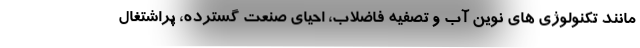
مانند تکنولوژی های نوین آب و تصفیه فاضلاب، احیای صنعت گسترده، پراشتغال